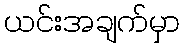
ယင်းအချက်မှာ